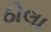
ઠોલા